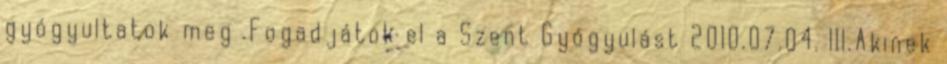
gyógyultatok meg .Fogadjátok el a Szent Gyógyulást 2010.07.04. III.Akinek